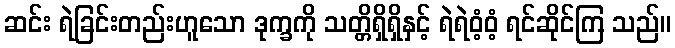
ဆင်း ရဲခြင်းတည်းဟူသော ဒုက္ခကို သတ္တိရှိရှိနှင့် ရဲရဲဝံ့ဝံ့ ရင်ဆိုင်ကြ သည်။